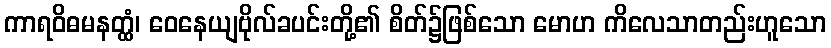
ကာရဝိဓမနတ္ထံ၊ ဝေနေယျဗိုလ်ခပင်းတို့၏ စိတ်၌ဖြစ်သော မောဟ ကိလေသာတည်းဟူသော